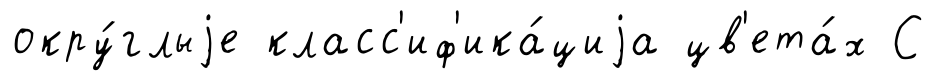
окру́глыjе класс'иф'ика́циjа цв'ета́х С